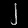
Digit: ၂